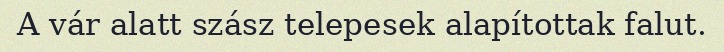
A vár alatt szász telepesek alapítottak falut.